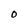
Character: O